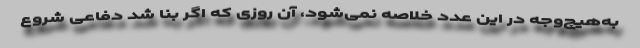
به‌هیچ‌وجه در این عدد خلاصه نمی‌شود، آن روزی که اگر بنا شد دفاعی شروع